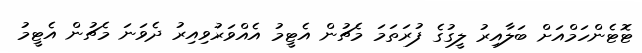
ޓޮޓެންހަމްއަށް ބަލާއިރު ލީގުގެ ފުރަތަމަ މެޗުން އެޓީމު އެއްވަރުވިއިރު ދެވަނަ މެޗުން އެޓީމު